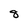
Character: 8